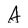
Character: A